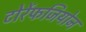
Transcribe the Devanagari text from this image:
टोर्रेफजियोन